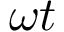
\omega t